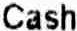
CASH